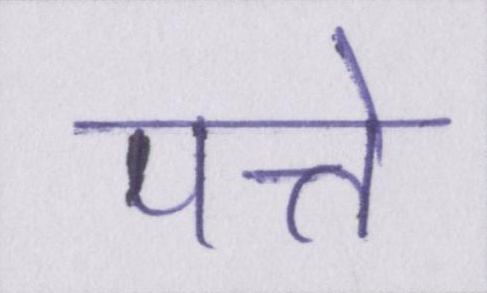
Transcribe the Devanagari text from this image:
पत्ते